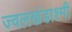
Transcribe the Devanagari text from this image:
ज्वलखंडाश्मी